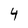
Character: 4